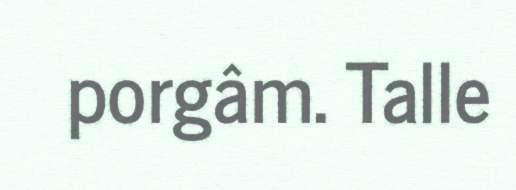
porgâm. Talle